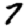
Digit: 7